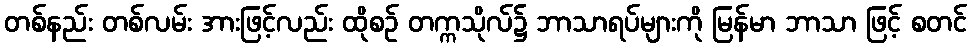
တစ်နည်း တစ်လမ်း အားဖြင့်လည်း ထိုစဉ် တက္ကသိုလ်၌ ဘာသာရပ်များကို မြန်မာ ဘာသာ ဖြင့် စတင်